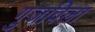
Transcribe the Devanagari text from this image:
गुजविला